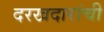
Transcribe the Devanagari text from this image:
दरखदारांची